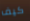
كيف